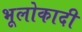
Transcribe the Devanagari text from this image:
भूलोकादी